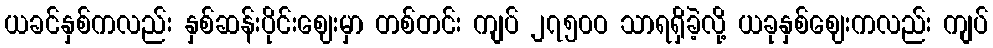
ယခင်နှစ်ကလည်း နှစ်ဆန်းပိုင်းဈေးမှာ တစ်တင်း ကျပ် ၂၇၅၀ဝ သာရရှိခဲ့လို့ ယခုနှစ်ဈေးကလည်း ကျပ်